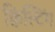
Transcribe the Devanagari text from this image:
क्विल्टिंग